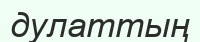
дулаттың